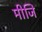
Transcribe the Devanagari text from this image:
मीजि